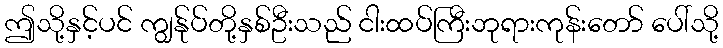
ဤသို့နှင့်ပင် ကျွန်ုပ်တို့နှစ်ဦးသည် ငါးထပ်ကြီးဘုရားကုန်းတော် ပေါ်သို့